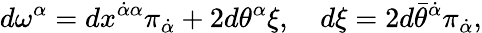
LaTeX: d\omega^{\alpha}=dx^{\dot{\alpha}\alpha}\pi_{\dot{\alpha}}+2d\theta^{\alpha}\xi,\quad d\xi=2d\bar{\theta}^{\dot{\alpha}}\pi_{\dot{\alpha}},